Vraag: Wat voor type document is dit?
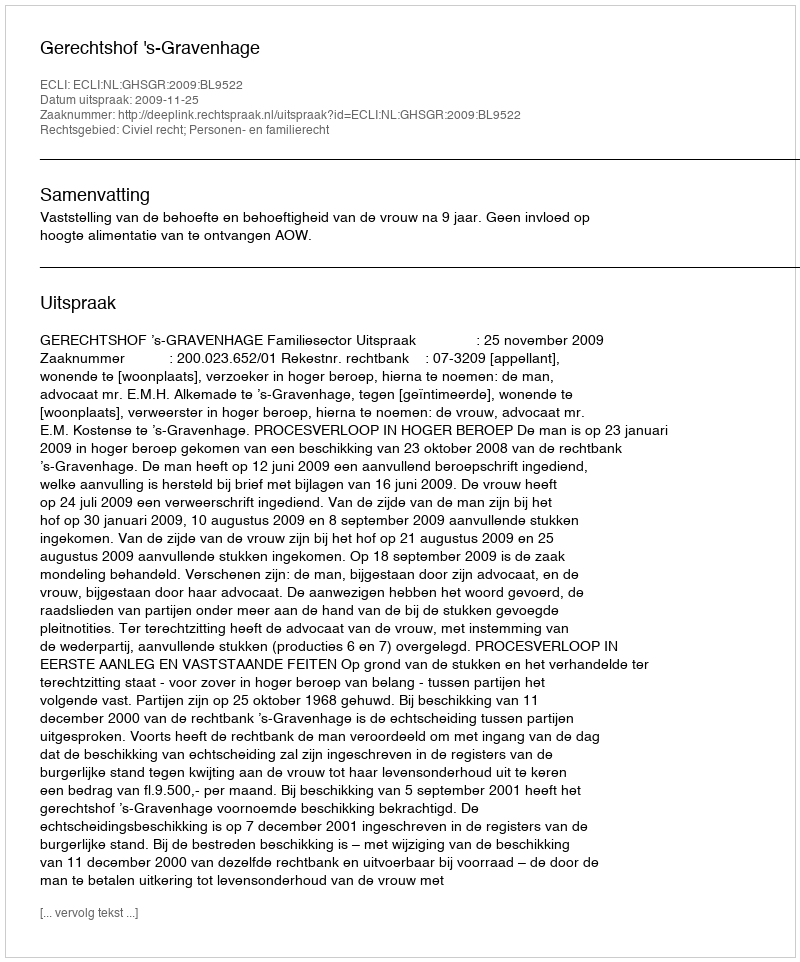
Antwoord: Uitspraak